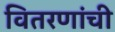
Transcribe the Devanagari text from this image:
वितरणांची